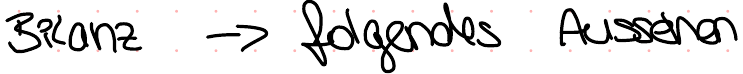
Bilanz -> folgendes Aussehen